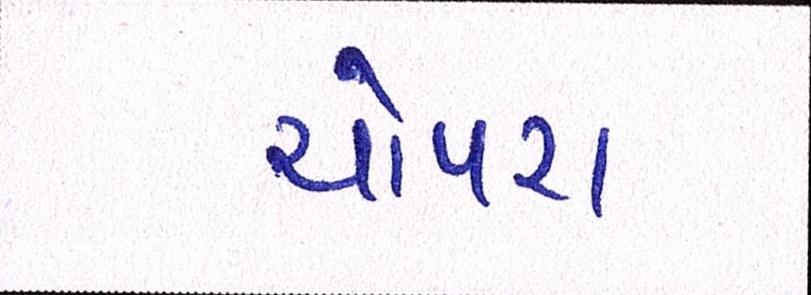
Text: ચોપરા